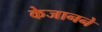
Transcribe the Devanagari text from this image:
केजानने